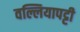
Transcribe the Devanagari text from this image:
वल्लियापट्टी